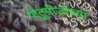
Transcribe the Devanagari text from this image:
पो्तुगीजांच्या